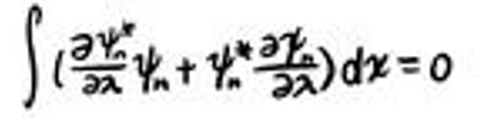
\(\int\left(\frac{\partial \psi_{n}^{*}}{\partial x} \psi_{n}+\psi_{n}^{*} \frac{\partial \psi_{n}}{\partial x}\right) d x = 0\)